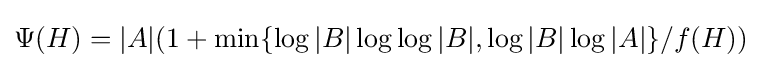
\Psi (H)=|A|(1+\min\{\log |B|\log \log |B|,\log |B|\log |A|\}/f(H))